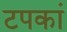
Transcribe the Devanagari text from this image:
टपकां